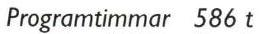
Programtimmar 586 t